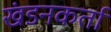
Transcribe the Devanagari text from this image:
खंडनकर्ता